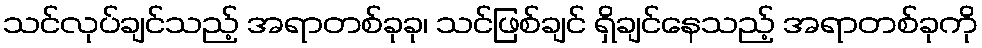
သင်လုပ်ချင်သည့် အရာတစ်ခုခု၊ သင်ဖြစ်ချင် ရှိချင်နေသည့် အရာတစ်ခုကို